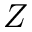
Z